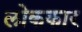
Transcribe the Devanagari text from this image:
लोककार